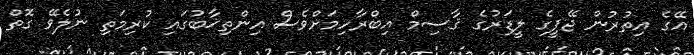
އޭގެ އިތުރުން ޖޭޕީގެ ލީޑަރުގެ ޤާސިމް އިބްރާހިމަށްވެސް އިންތިޚާބުގައި ކުރިމަތި ނުލެވޭ ގޮތް